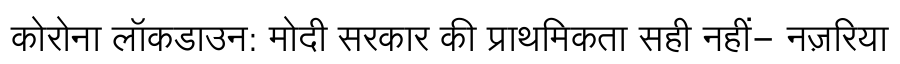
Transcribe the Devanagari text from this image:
कोरोना लॉकडाउन: मोदी सरकार की प्राथमिकता सही नहीं- नज़रिया